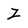
Character: Z